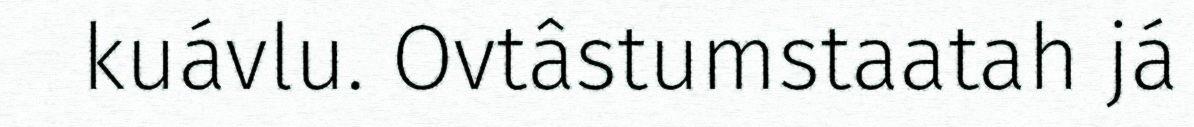
kuávlu. Ovtâstumstaatah já